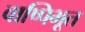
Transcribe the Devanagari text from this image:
वाष्पिभूत